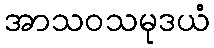
အာသဝသမုဒယံ